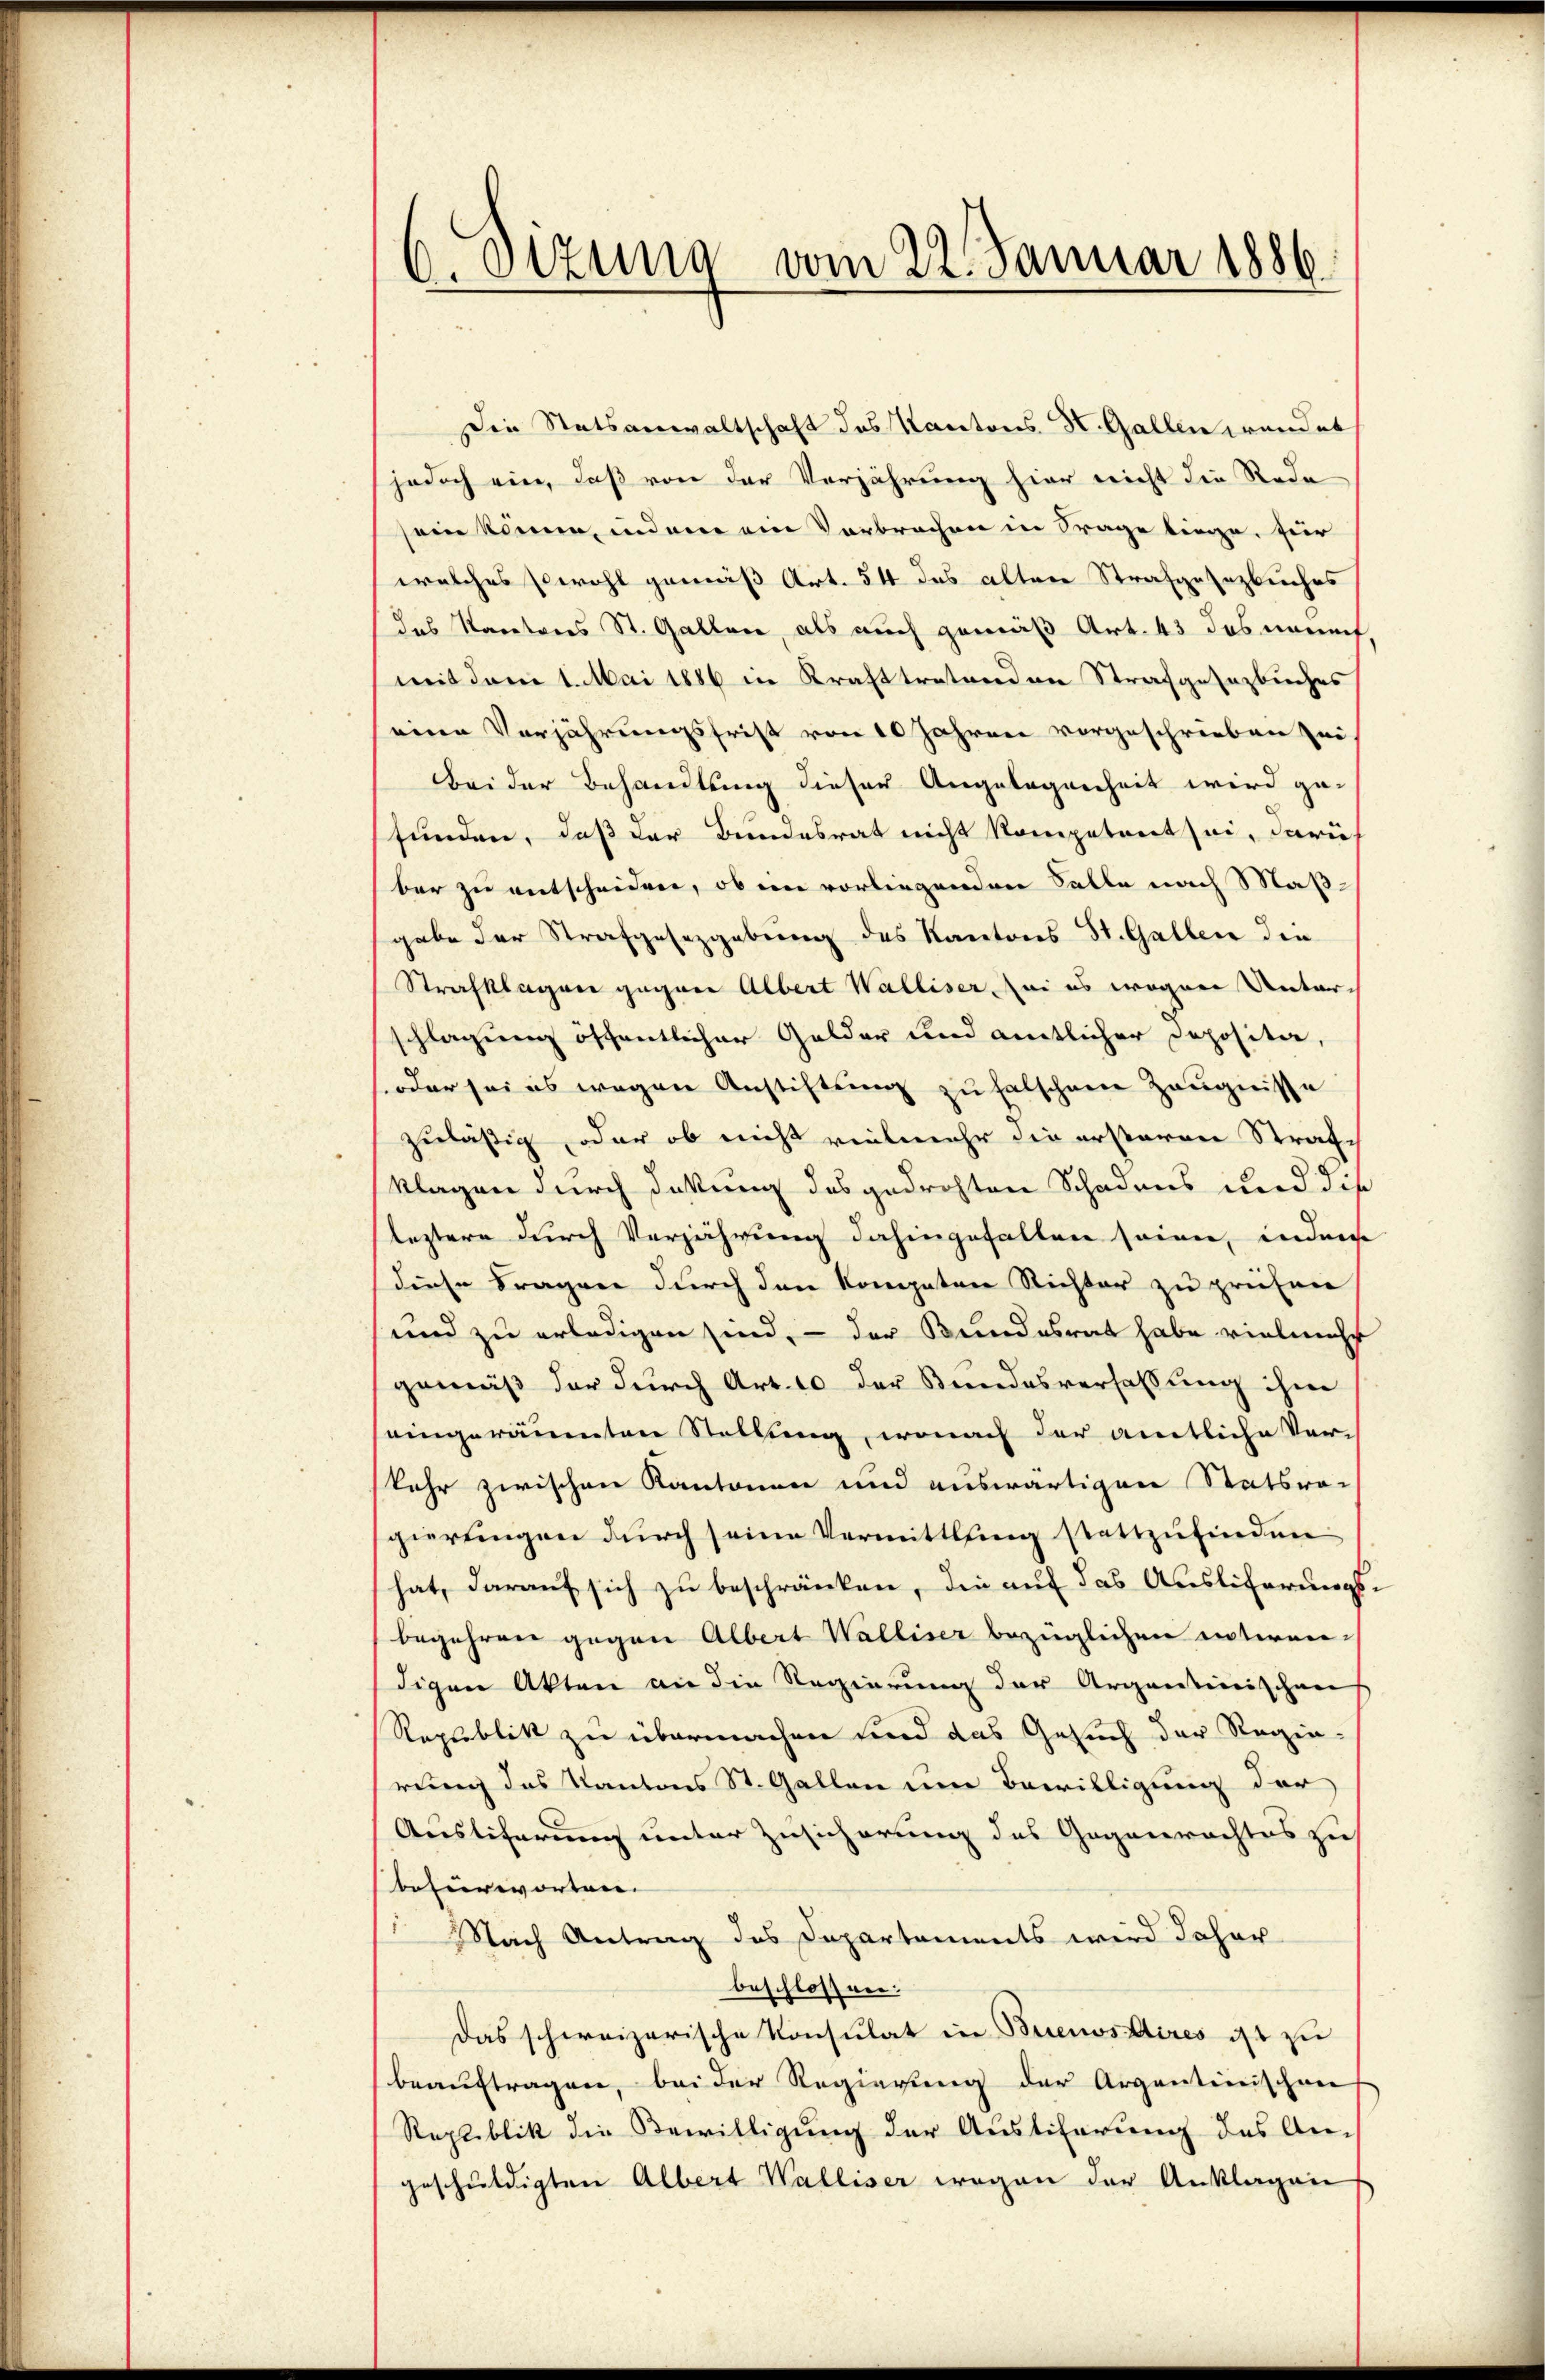
6. Sitzung vom 22. Januar 1886.

Die Statsanwaltschaft des Kantons H. Gallen wendet
jedoch ein, daß von der Verjährung hier nicht die Reda
sein könne, indem ein Verbrechen in Frage liege, für
welches sowohl gemäß Art. 54 das alten Strafgesezbuches
das Kantrees St. Gallen, als auch gemäß Art. 43 das manch
mit dem 1. Mai 1886 in Krafttretend an Strafgesezbuches
eine Verjährungsfrist von 10 Jahren vorgeschrieben sei.
Bei der Behandlung dieser Angelegenheit wird gefunden, daß der Bundesrat nicht kompetent sei, darü
ber zu entscheiden, ob ein vorliegenden Solle nach Maßgabe der Strafgesetzgebung des Kantons St. Gallen die
Strafklagen gegner Albert Walliser, sei es wegen Unter-
schlagung öffentlicher Gelder und amtlicher Deposita,
soder sei es wegen Anstiftung zu falschen Zeugnisse
zuläßig, oder ob nicht vielmehr die ersteren Strafch
klagen durch dikung des gedrohten Schadens und die
leztere durch Verjährung dahingefallen seien, inder
diese Fragen durch den konnten Richter zu prüfen
und zu erledigen sind, - der Bundesrat habe vieleicht
gemäß der durch Art. 10 der Bundesverfassung ihre
eingeräumten Stellung, wonach der amtliche Ver-
kehr zwischen Kantonen und auswärtigen Statsra-
gierungen durch seine Vermittlung stattzufinden
hat, darauf sich zu beschränken, die auf das Ausliferungs-
begehren gegen Albert Walliser bezüglichen unteren-
digen Akten an die Regierung der Argantinischen
Republik zu übermachen und das Gesuch der Regin-
rung des Kantons St. Gallen um Bewilligung der
Ausliferung unter Zusicherung des Gegenrechtes zu
befürworten. |
Nach Antrag des Departements wird daher
beschlossen.
Das schweizerische Konsulat in Buenos Aires ist zu
beauftragen, bei der Regierung der Argantennischen
Reptiblik die Bewilligung der Austiferung des Angeschuldigten Albert Walliser wegen der Anklagens